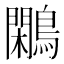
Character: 鷴